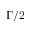
\Gamma / 2